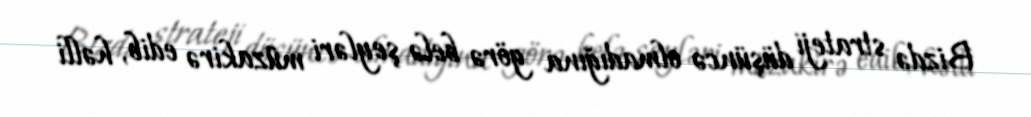
Bizdə strateji düşüncə olmadığına görə belə şeyləri müzakirə edib, həlli